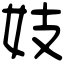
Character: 妓